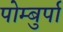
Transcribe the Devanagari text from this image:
पोम्बुर्पा